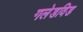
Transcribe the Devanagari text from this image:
गलेडविड